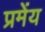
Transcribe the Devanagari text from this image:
प्रमेंय